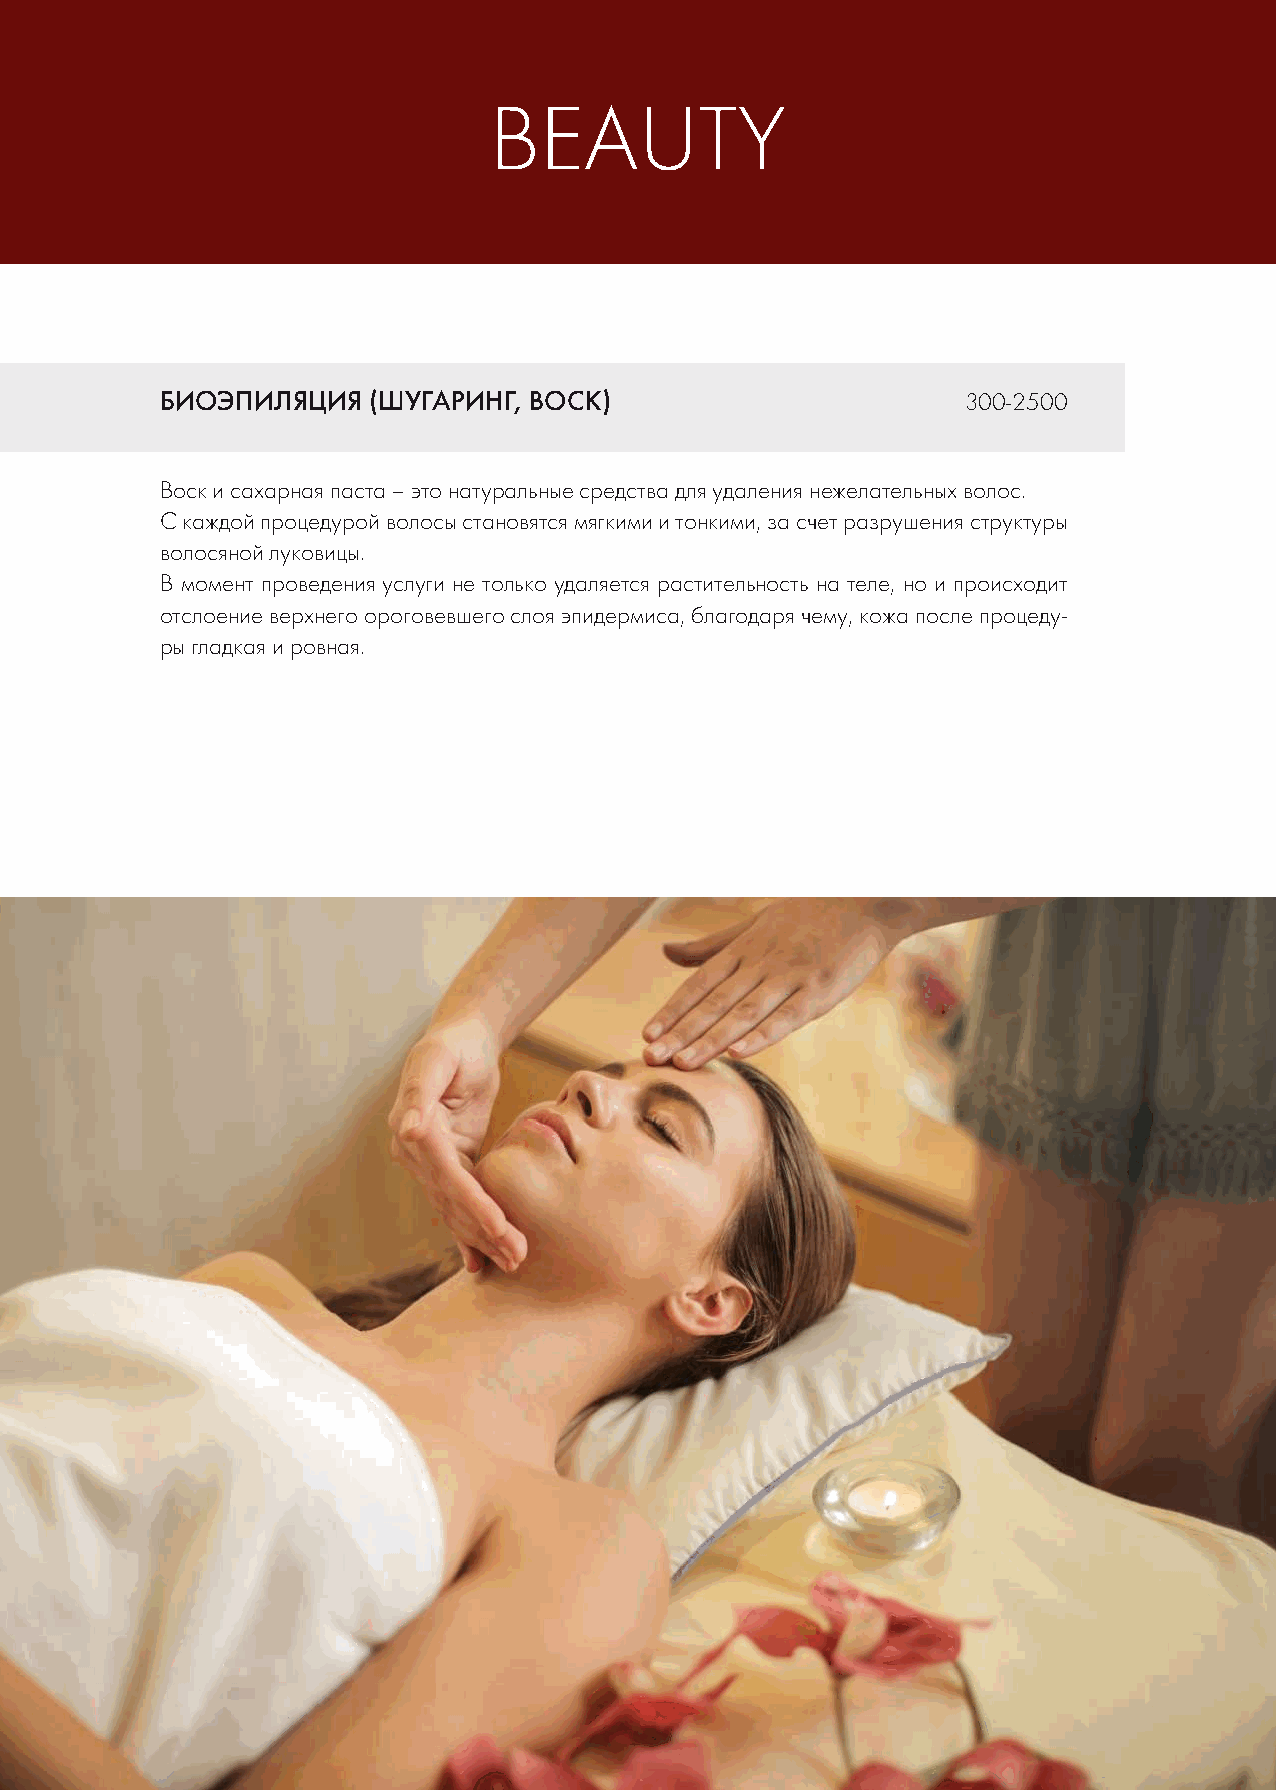
BEAUTY
 БИОЭПИЛЯЦИЯ  (ШУГАРИНГ, ВОСК)                        300-2500
 Воск и сахарная паста – это натуральные средства для удаления нежелательных волос.
 С каждой процедурой волосы становятся мягкими и тонкими, за счет разрушения структуры
 волосяной луковицы.
 В момент проведения услуги не только удаляется растительность на теле, но и происходит
 отслоение верхнего ороговевшего слоя эпидермиса, благодаря чему, кожа после процеду-
 ры гладкая и ровная.